Report on sanitation, dispensaries, and jails in Rajputana for 1914, and on vaccination for the year 1914-1915 - 1914-1915
Year: 1914
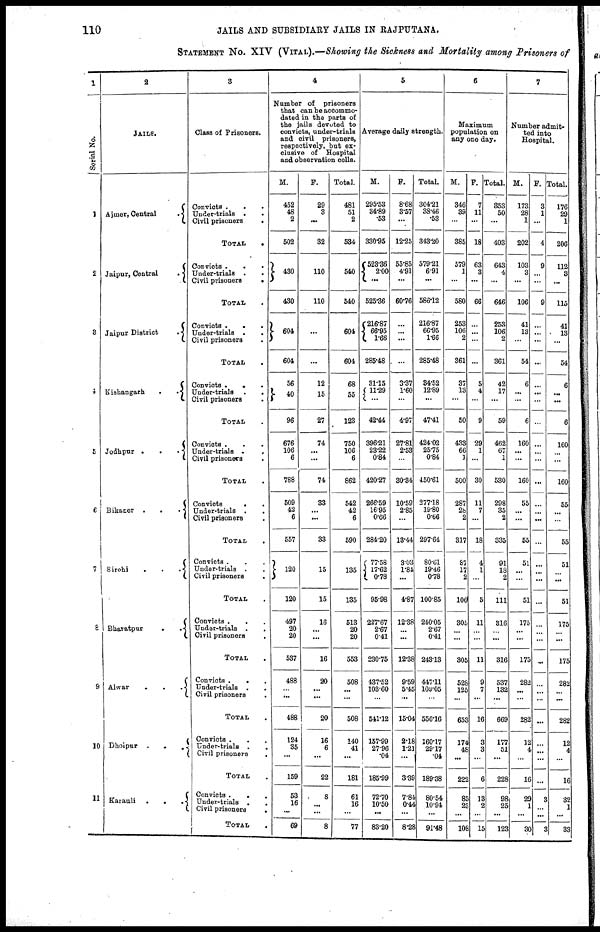
110
JAILS AND SUBSIDIARY JAILS IN RAJPUTANA.
STATEMENT No. XIV (VITAL).—Showing the Sickness and Mortality among Prisoners of
1
Sorial
No.
1
2
3
4
5
6
7
8
9
10
11
2
JAILS.
Ajmer, Central
.
Jaipur, Central
.
Jaipur District
.
Kishangarh
.
.
Jodhpur .
.
.
Bikaner .
.
.
Sirohi
.
.
.
Bharatpur
.
.
Alwar
.
.
.
Dhoipur .
.
. .
Karauli
.
.
.
3
Class of Prisoners.
Convicts .
.
.
Under-trials . .
Civil prisoners
.
TOTAL
.
Convicts .
. .
Under-trials . .
Civil prisoners
.
TOTAL .
Convicts .
.
.
Under-trials . .
Civil prisoners .
TOTAL .
Convicts . . .
Under-trials
.
.
Civil prisoners .
TOTAL .
Convicts . . .
Under-trials .
.
Civil prisoners .
TOTAL .
Convicts
. .
Under-trials . .
Civil prisoners .
TOTAL .
Convicts . . .
Under-trials . .
Civil prisoners .
TOTAL .
Convicts . . .
Under-trials . .
Civil prisoners .
TOTAL .
Convicts .
. .
Under-trials . .
Civil prisoners .
TOTAL .
Convicts . . .
Under-trials . .
Civil prisoners
.
TOTAL .
Convicts .
. .
Under-trials . .
Civil prisoners .
TOTAL .
4
Number of
prisoners
that can be accommo-
dated in the parts of
the jails devoted to
convicts, under-trials
and civil prisoners,
respectively, but ex-
clusive of Hospital
and observation cells.
M.
452
48
2
502
430
430
604
604
56
40
96
676
106
6
788
509
42
6
557
120
120
497
20
20
537
488
...
...
488
124
35
...
159
53
16
...
69
F.
29
3
...
32
110
110
...
...
12
15
27
74
...
...
74
33
... ...
33
15
15
16
... ...
16
20
...
...
20
16
6
...
22
8
...
...
8
Total.
481
51
2
584
540
540
604
604
68
55
123
750
106
6
862
542
42
6
590
135
135
513
20
20
553
508
...
...
508
140
41
...
181
61
16
...
77
5
Average daily strength.
M.
295.53
34.89
.53
330.95
523.36
2.00
...
525.36
216.87
66.95
1.66
285.48
31.15
11.29
...
42.44
396.21
23.22
0.84
420.27
266.59
16.95
0.66
284. 20
77.58
17.62
0.78
95.98
227.67
2.67
0.41
230.75
437.52
103.60
...
541.12
157.99
27.96
.04
185.99
72.70
10.50
...
83.20
F.
8.68
3.57
...
12.25
55.85
4.91
...
60.76
...
...
...
...
3.37
1.60
...
4.97
27.81
2.53
...
30.34
10.59
2.85
...
13.44
3.03
1.84
...
4.87
12.38
... ...
12.38
9.59
5.45
...
15.04
2.18
1.21
...
3.39
7.84
0.44
...
8.28
Total.
304.21
38.46
.53
343.20
579.21
6.91
...
586.12
216.87
60.95
1.66
285.48
34.52
12.89
...
47.41
424. 02
25.75
0.84
450.61
277.18
19.80
0.66
297.64
80.61
19.46
0.78
100.85
240.05
2.67
0.41
243.13
447.11
109.05
...
556.16
160.17
29.17
.04
189.38
80.54
10.94
...
91.48
6
Maximum
population on
any one day.
M.
346
39
...
385
579
1
...
580
253
106
2
361
37
13
...
50
433
66
1
500
287
28
2
317
87
17
2
106
305
...
...
305
...
125
...
653
174
48
...
222
85
23
...
108
F.
7
11
...
18
63
3
...
66
...
...
...
...
5
4
...
9
29
1
...
30
11
7
...
18
4
1
...
5
11
...
...
11
9
7
...
16
3
3
...
6
13
2
...
15
Total.
353
50
...
403
643
4
...
646
253
106
2
361
42
17
...
59
462
67
1
530
298
35
2
335
91
18
2
111
316
... ...
316
537
132
...
669
177
51
...
228
98
25
...
123
7
Number admit-
ted into
Hospital.
M.
173
28
1
202
103
3
...
106
41
13
...
54
6
...
...
6
160
...
...
160
55
... ...
55
51
...
...
51
175
...
...
175
282
...
...
282
12
4
...
16
29
1
...
30
F.
3
1
...
4
9
...
...
9
...
...
...
...
...
...
...
...
...
...
...
...
...
...
...
...
...
...
...
...
...
...
...
...
...
...
...
282
...
...
...
...
3
...
...
3
Total.
176
29
1
206
112
3
...
115
41
13
...
54
6
...
...
6
160
...
...
160
55
...
...
55
51
...
...
51
...
...
...
175
282
...
...
282
...
4 ...
16
32
1
...
33